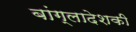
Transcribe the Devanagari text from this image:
बांग्लादेशकी